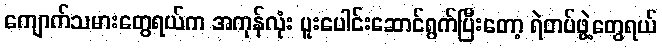
ကျောက်သမားတွေရယ်က အကုန်လုံး ပူးပေါင်းဆောင်ရွက်ပြီးတော့ ရဲတပ်ဖွဲ့တွေရယ်